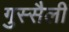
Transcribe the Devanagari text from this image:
गुस्सैली